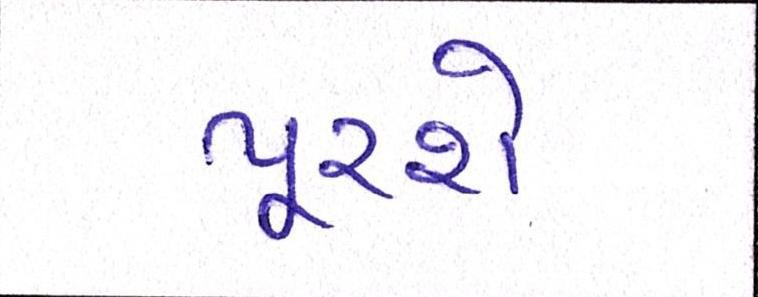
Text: પૂરશે